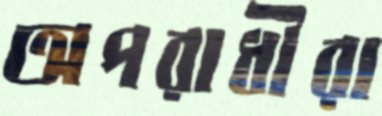
অপরাধীরা